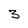
Character: 3